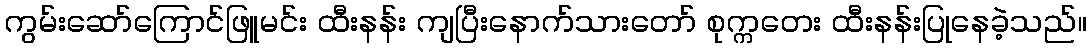
ကွမ်းဆော်ကြောင်ဖြူမင်း ထီးနန်း ကျပြီးနောက်သားတော် စုက္ကတေး ထီးနန်းပြုနေခဲ့သည်။